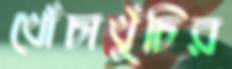
খোঁচাখুঁচির